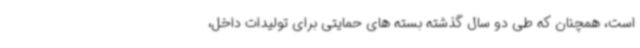
است، همچنان که طی دو سال گذشته بسته های حمایتی برای تولیدات داخل،